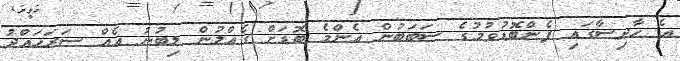
އެ ހާދިސާގައި ފެންބޮޑުވުމުގެ ސަބަބުން އެންމެ ބޮޑަށް ގެއްލުން ލިބުނު އެއް ސަރަހައްދު